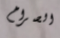
الصراخ